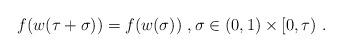
LaTeX: \begin{align*}f(w(\tau+\sigma))=f(w(\sigma))\ , \sigma\in(0,1)\times[0,\tau)\ .\end{align*}